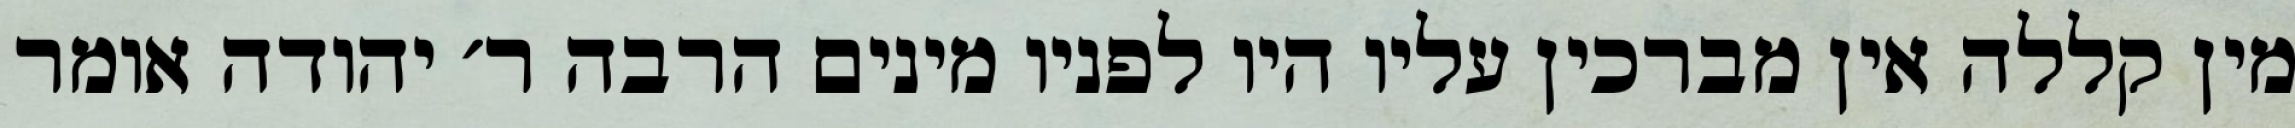
מין קללה אין מברכין עליו היו לפניו מינים הרבה ר׳ יהודה אומר